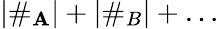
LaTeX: |\# _{\mathbf{A}}|+|\# _{B}|+\ldots